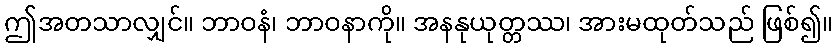
ဤအတသာလျှင်။ ဘာဝနံ၊ ဘာဝနာကို။ အနနုယုတ္တဿ၊ အားမထုတ်သည် ဖြစ်၍။